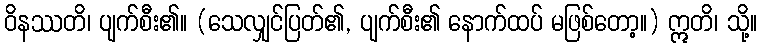
ဝိနဿတိ၊ ပျက်စီး၏။ (သေလျှင်ပြတ်၏, ပျက်စီး၏ နောက်ထပ် မဖြစ်တော့။) ဣတိ၊ သို့။